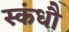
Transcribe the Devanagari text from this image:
स्कंधौ